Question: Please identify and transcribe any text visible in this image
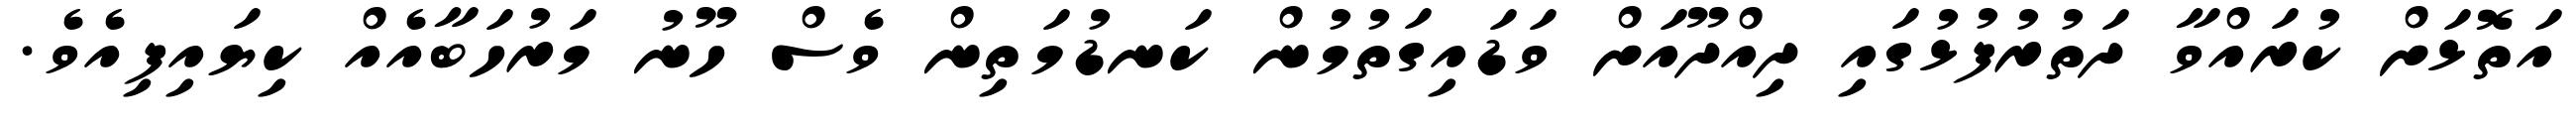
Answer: އަތޮޅަށް ކުރައްވާ ދަތުރުފުޅުގައި ދިއްދޫއަށް ވަޑައިގަތުމުން ކަނޑުމަތިން ވެސް ހޫނު މަރުހަބާއެއް ކިޔައިފިއެވެ.